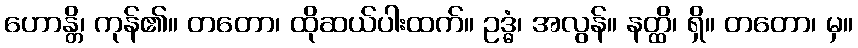
ဟောန္တိ၊ ကုန်၏။ တတော၊ ထိုဆယ်ပါးထက်။ ဥဒ္ဓံ၊ အလွန်။ နတ္ထိ၊ ရှိ။ တတော၊ မှ။